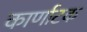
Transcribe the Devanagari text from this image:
कार्णाटक